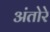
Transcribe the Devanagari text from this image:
अंतोरे